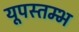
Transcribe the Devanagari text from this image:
यूपस्तम्भ